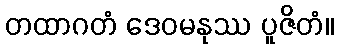
တထာဂတံ ဒေဝမနုဿ ပူဇိတံ။